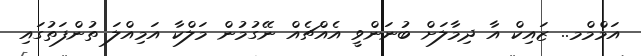
އަމްމްމ.. ޒައިކް އާ ދިމާލަށް ބުނަންވީ އެއްޗެއް ނޭގުމުން މަލްކާ އަމިއްލަ ތުންފަތުގައި